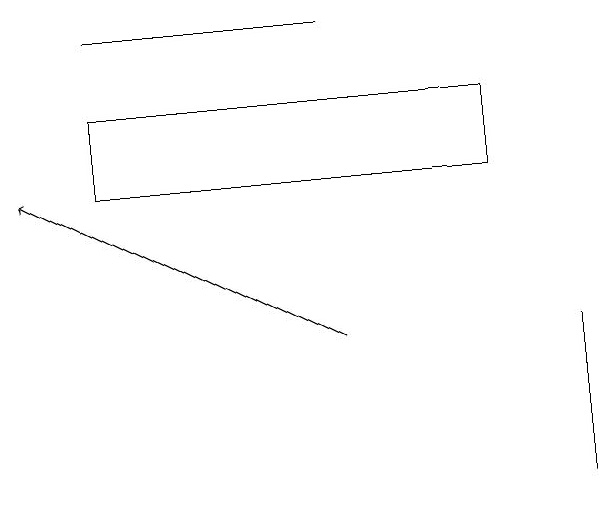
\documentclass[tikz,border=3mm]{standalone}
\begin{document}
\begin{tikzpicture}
\draw (9,11) rectangle (9,13);
\draw (3,17) rectangle (6,17);
\draw[->] (6,13) -- (2,15);
\draw (8,16) rectangle (3,15);
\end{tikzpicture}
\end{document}